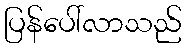
ပြန်ပေါ်လာသည်